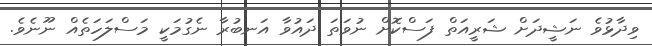
ވިދާޅުވެ ނަޝީދަށް ޝަރީއަތް ފަސްކޮށް ނުވަތަ ދައުވާ އަނބުރާ ނެގުމަކީ މަސްލަހަތެއް ނޫނެވެ.